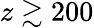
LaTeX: z\gtrsim 200